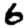
Digit: 6